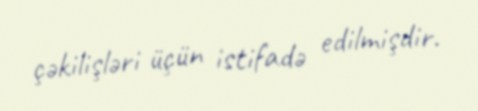
çəkilişləri üçün istifadə edilmişdir.